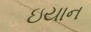
ઇયાન